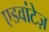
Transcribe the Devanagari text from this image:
एडवांटेज़